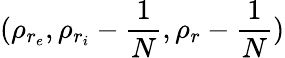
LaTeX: (\rho_{r_{e}},\rho_{r_{i}}-\frac{1}{N},\rho_{r}-\frac{1}{N})